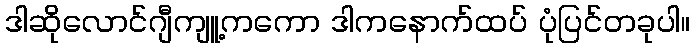
ဒါဆိုလောင်ဂျီကျူ့ကကော ဒါကနောက်ထပ် ပုံပြင်တခုပါ။